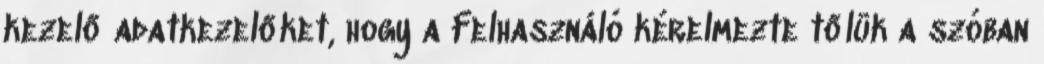
kezelő adatkezelőket, hogy a Felhasználó kérelmezte tőlük a szóban